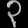
Digit: ၃